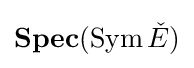
\mathbf {Spec} (\operatorname {Sym} {\check {E}})